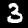
Digit: 3